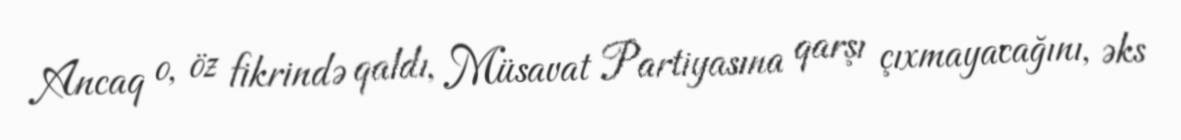
Ancaq o, öz fikrində qaldı, Müsavat Partiyasına qarşı çıxmayacağını, əks